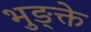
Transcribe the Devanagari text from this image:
भुङ्क्ते